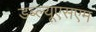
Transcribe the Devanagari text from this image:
डब्ल्यूएसएम